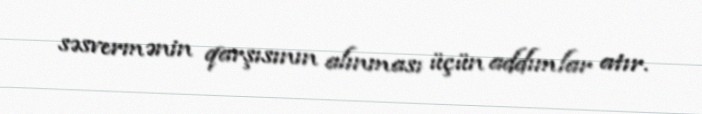
səsvermənin qarşısının alınması üçün addımlar atır.